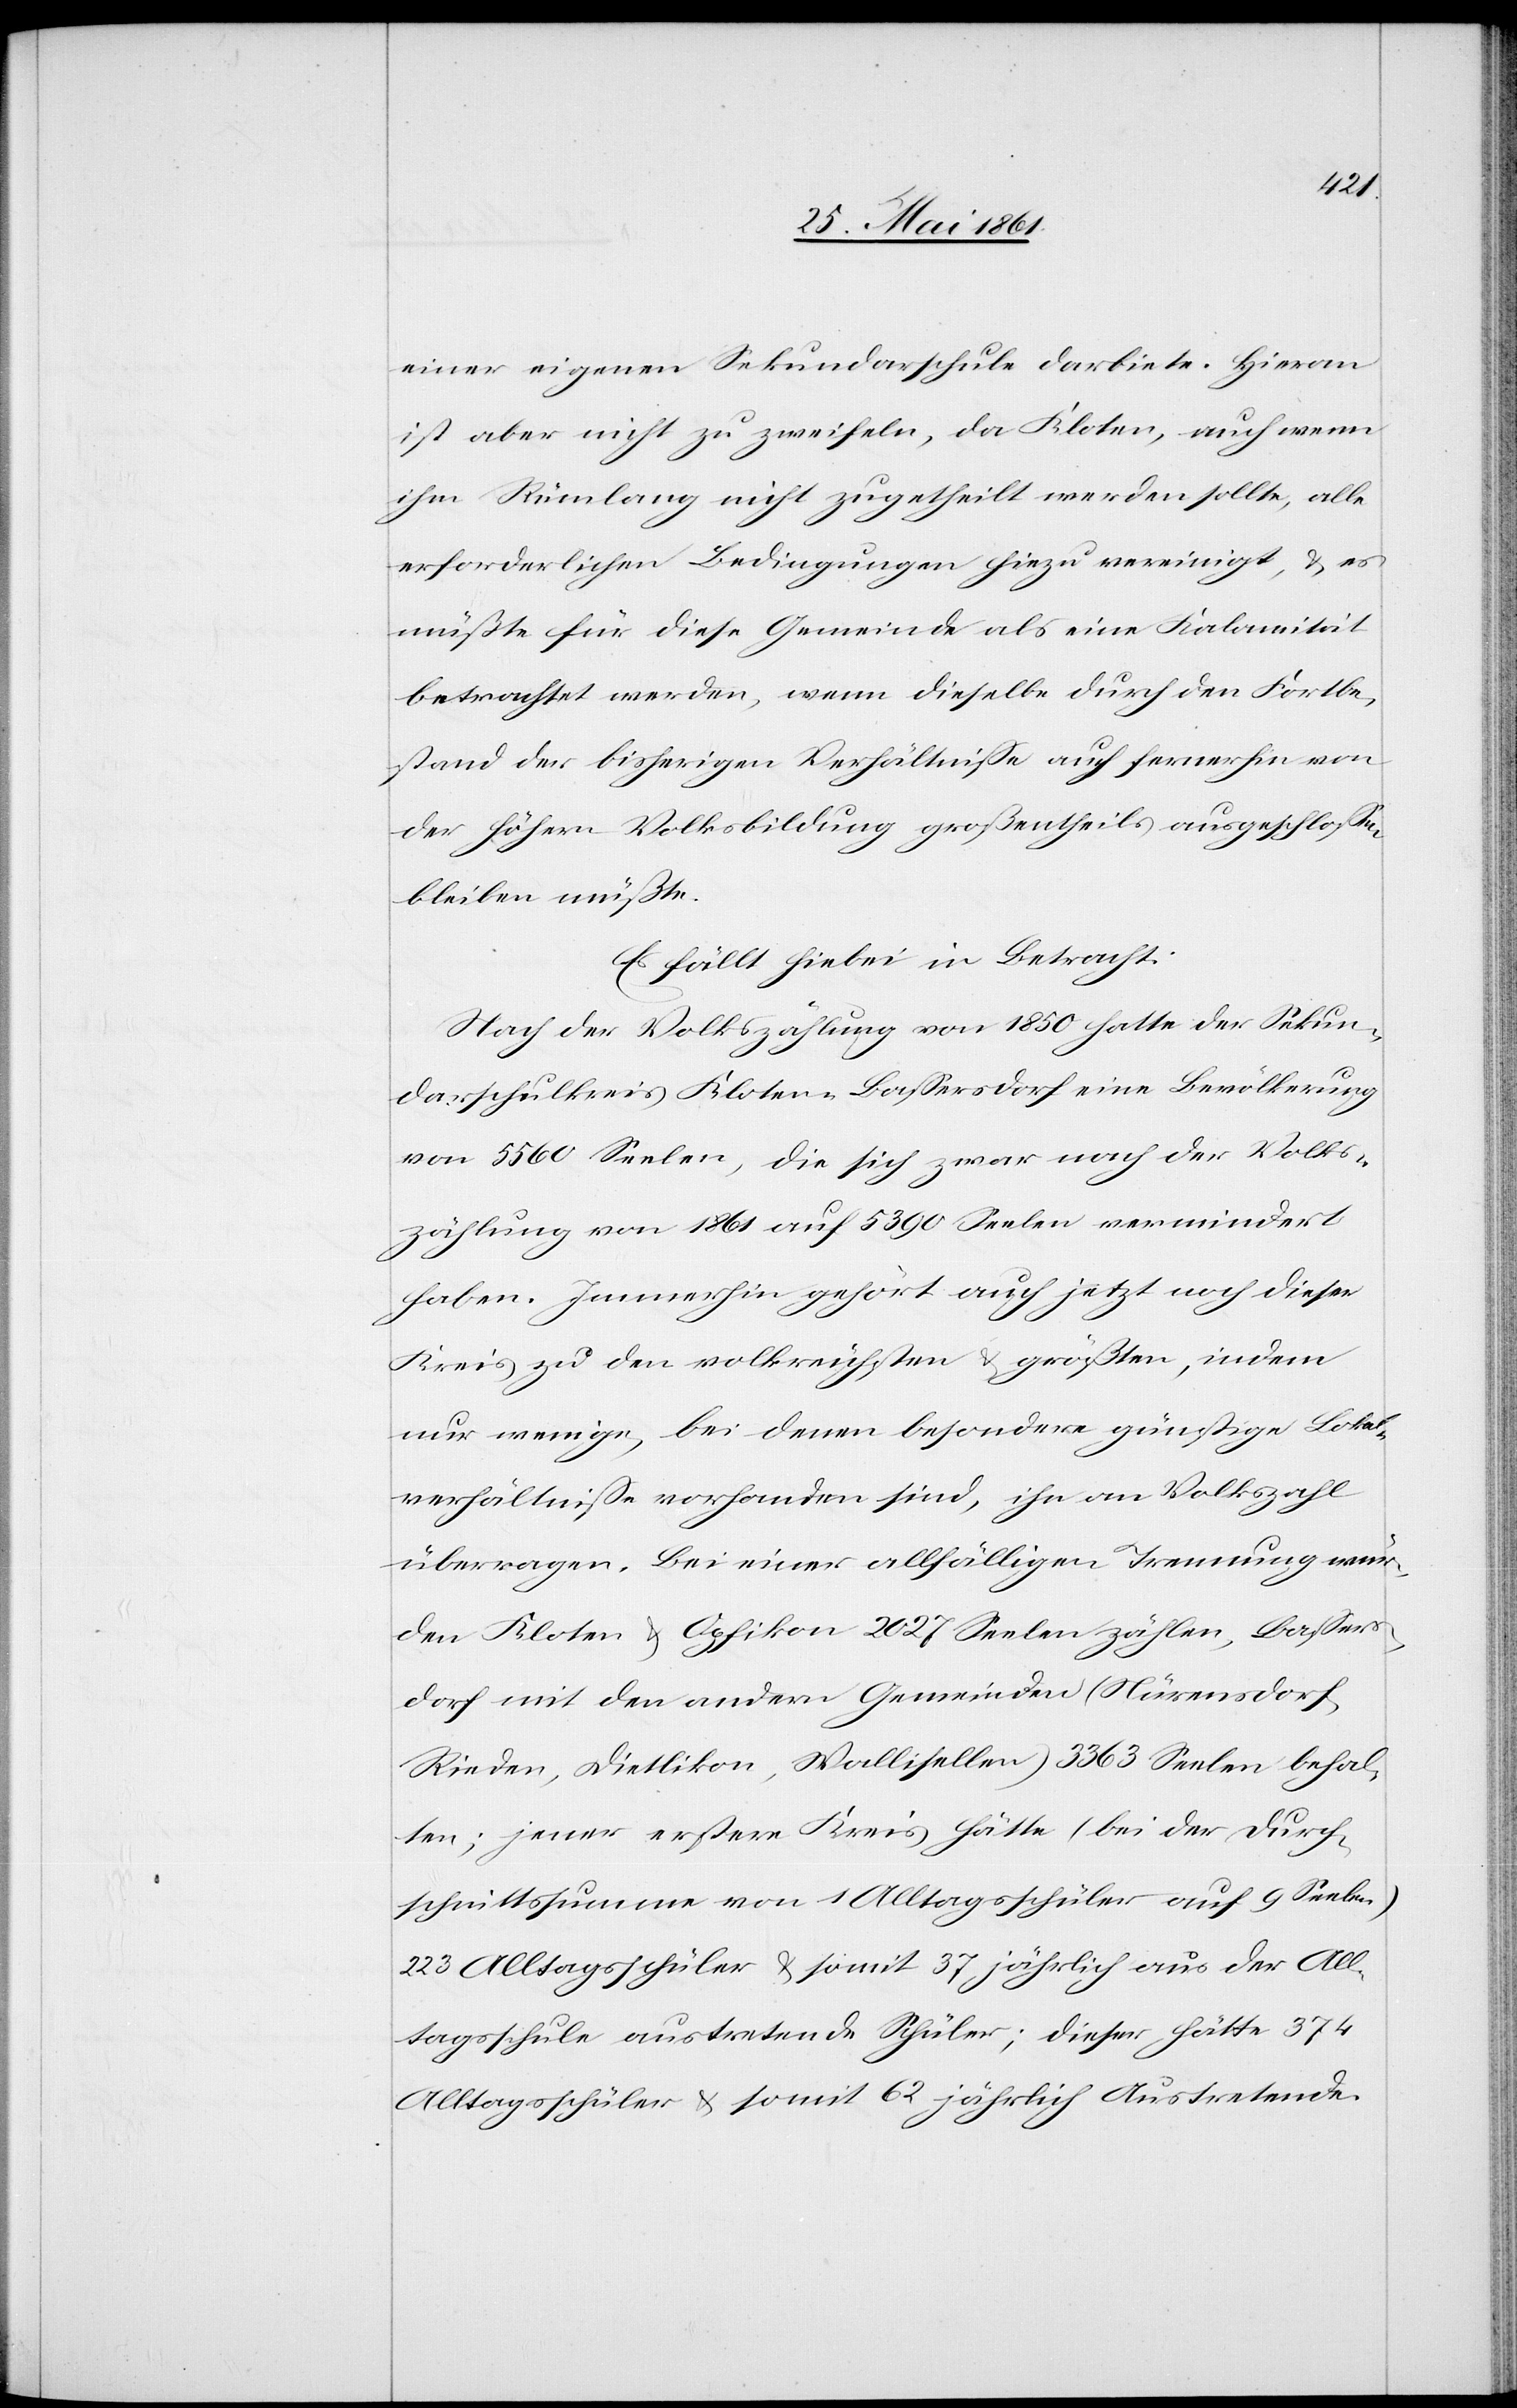
einer eigenen Sekundarschule darbiete. Hieran
ist aber nicht zu zweifeln, da Kloten, auch wenn
ihm Rümlang nicht zugetheilt werden sollte, alle
erforderlichen Bedingungen hiezu vereinigt, u. es
müßte für diese Gemeinde als eine Kalamität
betrachtet werden, wenn dieselbe durch den Fortbe¬
stand der bisherigen Verhältnisse auch fernerhin von
der höhern Volksbildung großentheils ausgeschlossen
bleiben müßte.
Es fällt hiebei in Betracht:
Nach der Volkszählung von 1850 hatte der Sekun¬
darschulkreis Kloten-Basserdorf eine Bevölkerung
von 5560 Seelen, die sich zwar nach der Volks¬
zählung von 1861 auf 5390 Seelen vermindert
haben. Immerhin gehört auch jetzt noch dieser
Kreis zu den volkreichsten u. größten, indem
nur wenige, bei denen besondere günstige Lokal¬
verhältnisse vorhanden sind, ihn an Volkszahl
überragen. Bei einer allfälligen Trennung wür¬
den Kloten u. Opfikon 2027 Seelen zählen, Bassers¬
dorf mit den andern Gemeinden (Nürensdorf,
Rieden, Dietlikon, Wallisellen) 3363 Seelen behal¬
ten; jener erstere Kreis hätte (Bei der Durch¬
schnittssumme von 1 Alltagsschüler auf 9 Seelen)
223 Alltagsschüler u. somit 37 jährlich aus der All¬
tagsschule austretende Schüler; dieser hätte 374
Alltagsschüler u. somit 623 jährlich Austretende.